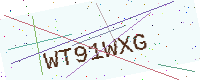
Text: WT91WXG